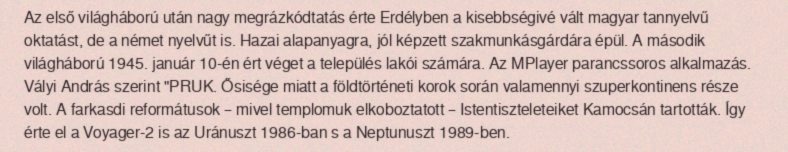
Az első világháború után nagy megrázkódtatás érte Erdélyben a kisebbségivé vált magyar tannyelvű oktatást, de a német nyelvűt is. Hazai alapanyagra, jól képzett szakmunkásgárdára épül. A második világháború 1945. január 10-én ért véget a település lakói számára. Az MPlayer parancssoros alkalmazás. Vályi András szerint "PRUK. Ősisége miatt a földtörténeti korok során valamennyi szuperkontinens része volt. A farkasdi reformátusok – mivel templomuk elkoboztatott – Istentiszteleteiket Kamocsán tartották. Így érte el a Voyager-2 is az Uránuszt 1986-ban s a Neptunuszt 1989-ben.